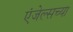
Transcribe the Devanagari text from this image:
एंजेल्सच्या